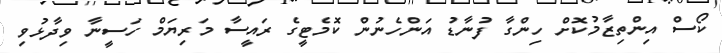
ކޯސް އިންތިޒާމުކޮށް ހިންގާ ފުނާޑު އަންހެނުން ކޮމެޓީގެ ރައީސާ މަރިޔަމް ހަސީނާ ވިދާޅުވި